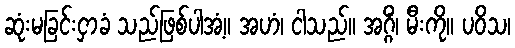
ဆုံးမခြင်းငှာခံ သည်ဖြစ်ပါအံ့။ အဟံ၊ ငါသည်။ အဂ္ဂိံ၊ မီးကို။ ပဝိသ၊